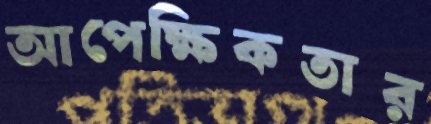
আপেক্ষিকতার